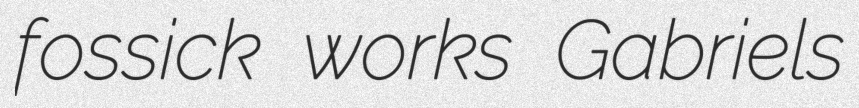
fossick works Gabriels